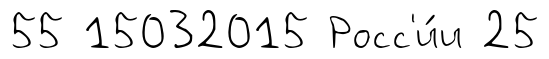
55 15032015 Росс'и́и 25